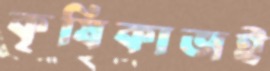
কৃষিকাজই